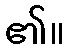
၏။